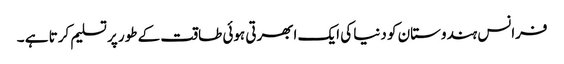
فرانس ہندوستان کو دنیا کی ایک ابھرتی ہوئی طاقت کے طور پر تسلیم کرتا ہے ۔